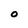
Character: o